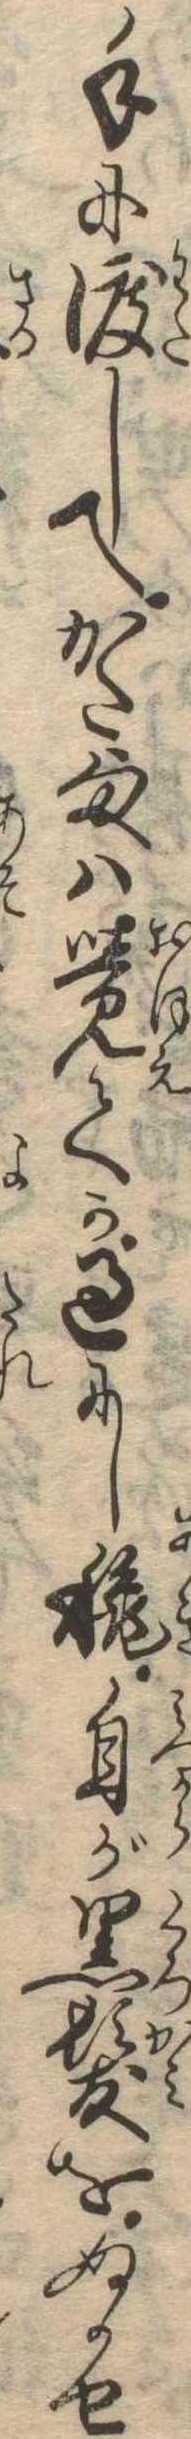
手に渡してかた様は覚てか過にし秋自が黒髪をぬかせ